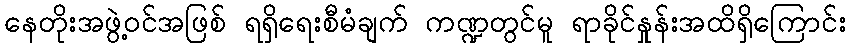
နေတိုးအဖွဲ့ဝင်အဖြစ် ရရှိရေးစီမံချက် ကဏ္ဍတွင်မူ ရာခိုင်နှုန်းအထိရှိကြောင်း